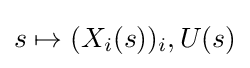
s\mapsto (X_{i}(s))_{i},U(s)